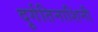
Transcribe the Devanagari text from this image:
दुर्गतिनाशिनी